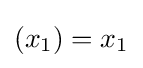
(x_{1})=x_{1}